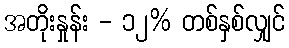
အတိုးနှုန်း - ၁၂% တစ်နှစ်လျှင်